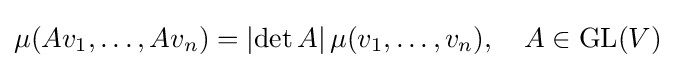
\mu (Av_{1},\ldots ,Av_{n})=\left|\det A\right|\mu (v_{1},\ldots ,v_{n}),\quad A\in \operatorname {GL} (V)